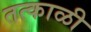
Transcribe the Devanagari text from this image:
तत्काळी